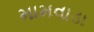
મામવાડા